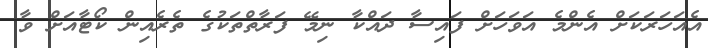
އެއަހަރަކަށް އެންމެ އަވަހަށް ފައިސާ ދައްކާ ނިމޭ ފަރާތްތަކުގެ ތެރެއިން ކޯޓާއަށް ވާ